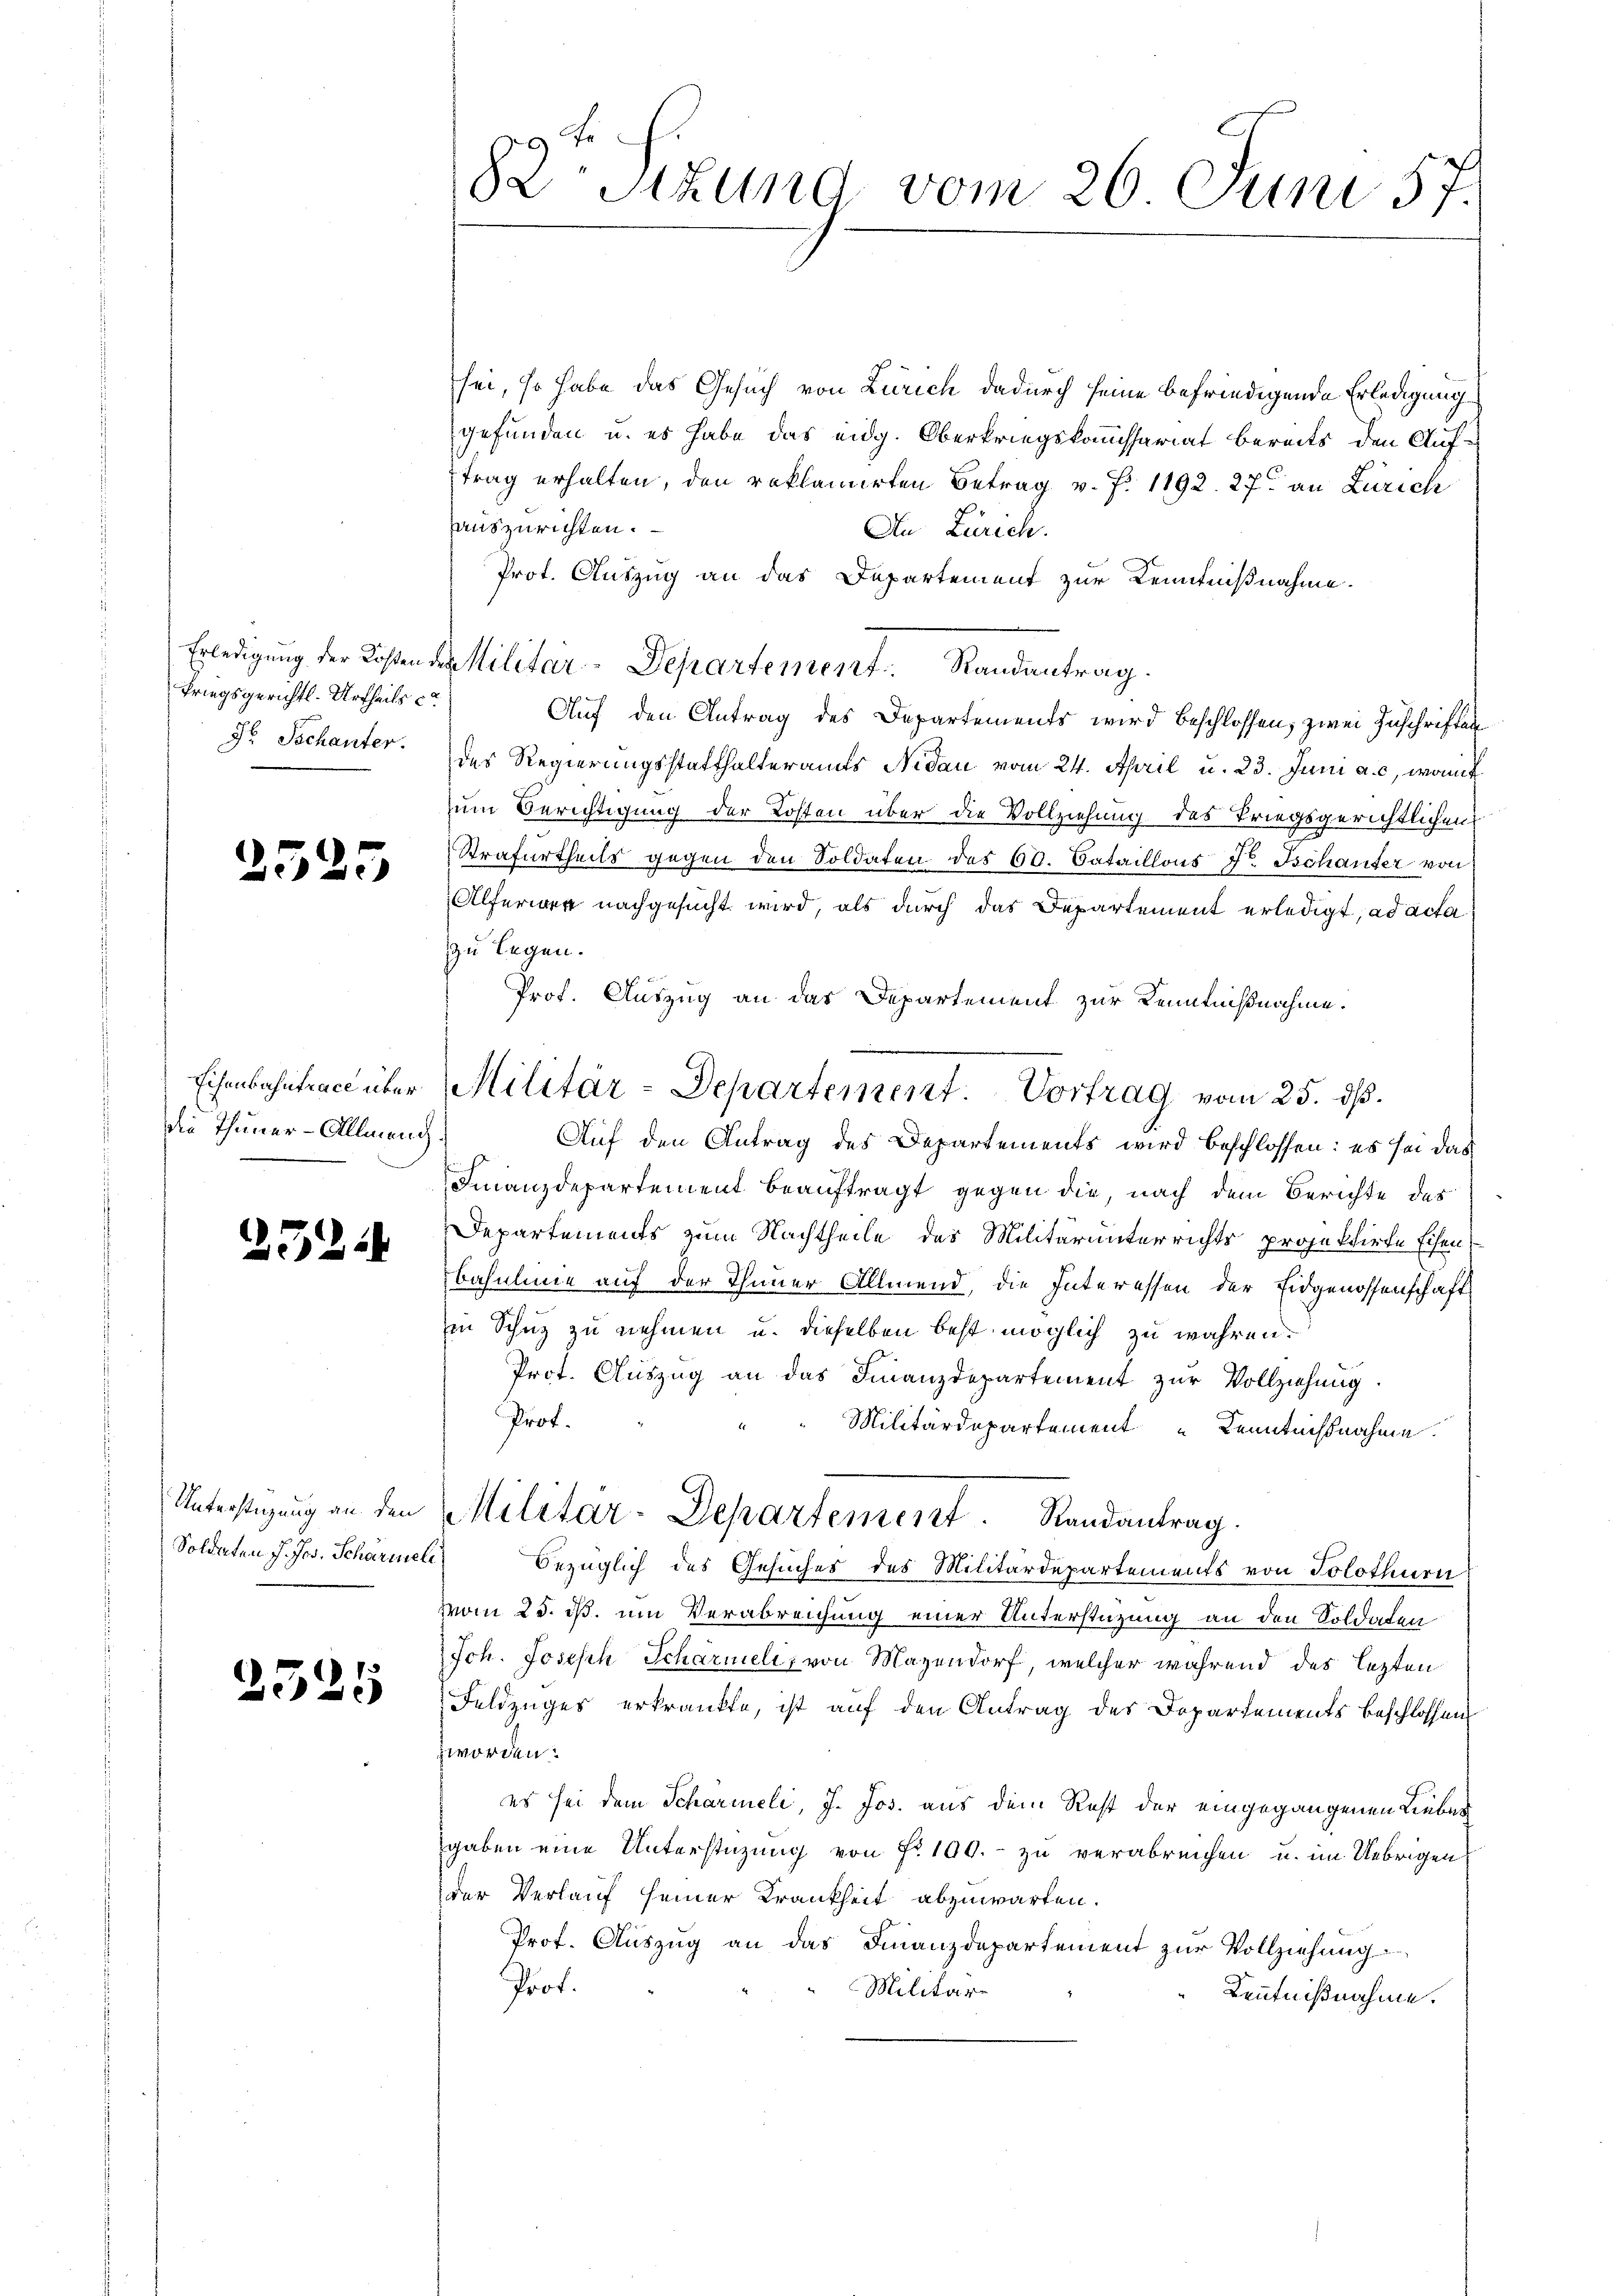
Erledigung der Kosten d
Priegsgerichts-Urtheils c
H Tschanter.

25

Eisenbahntrace überdie Thuner-Allmend.

.

.

e

.

Unterstüzung an den
Soldaten J. Jos. Scharieli

2525

82 Stund vom 26 Juni 57.

sei, so habe das Gesuch von Zürich dadurch seine befriedigende Erledigung
gefunden u. es habe das eidg. Oberkriegskommissariat bereits den Auftrag erhalten, den reklamirten Betrag v. P. 1192. 27. an Zürich
auszurichten.
An Zürich.
Prot. Auszug an das Departement zur Kenntnißnahme.
 Militar-Departement Randantrag.
Auf den Antrag des Departements wird beschlossen, zwei Zuschriften
des Regierungsstatthalteramts Nidau vom 24. April u. 23. Juni a. c. womit
zum Berichtigung der Kosten über die Vollziehung des Kriegsgerichtlichen
Strafurtheils gegen den Soldaten des 60. Cataillons Dr. Tschauter von
Alferwer nachgesucht wird, als durch das Departement erledigt, ad acta
zu legen.
Prof. Auszug an das Departement zur Kenntnißnahme.
Auf den Antrag des Departements wird beschlossen: es sei das
Finanzdepartement beauftragt gegen die, nach dem Berichte des
Departements zum Nachtheile des Militärunterrichts projektirte Eisen
Basulinie auf der Thimmer Allmend, die Interessen der Eidgenossenschaft
Ein Schuz zu nehmen u. dieselben best möglich zu wahren.
Prot. Auszug an das Finanzdepartement zur Vollziehung
Prof.
Militärdepartement Kenntnisnahme.
Militar-Departement. Randantrag.
Bezüglich des Gesuches des Militärdepartements von Solothurn
vom 25. ds. um Verabreichung einer Unterstüzung an den Soldaten
Ich. Joseph Schärmeli, von Mayendorf, welcher während des lezten
Feldzuges erkrankte, ist auf den Antrag des Dopartements beschlossen
zworden:
es sei dem Scharieli, J. Jos. aus dem Rest der eingegangenen Lieber
gaben eine Unterstüzung von Fr. 100.- zu verabreichen u. im Uebrigen
der Verlauf seiner Krankheit abzuwarten.
Prof. Auszug an das Finanzdepartement zur Vollziehung
Prof.
Militär
Kenntnißnahme.

Militär-Departement. Vortrag vom 25. dß.